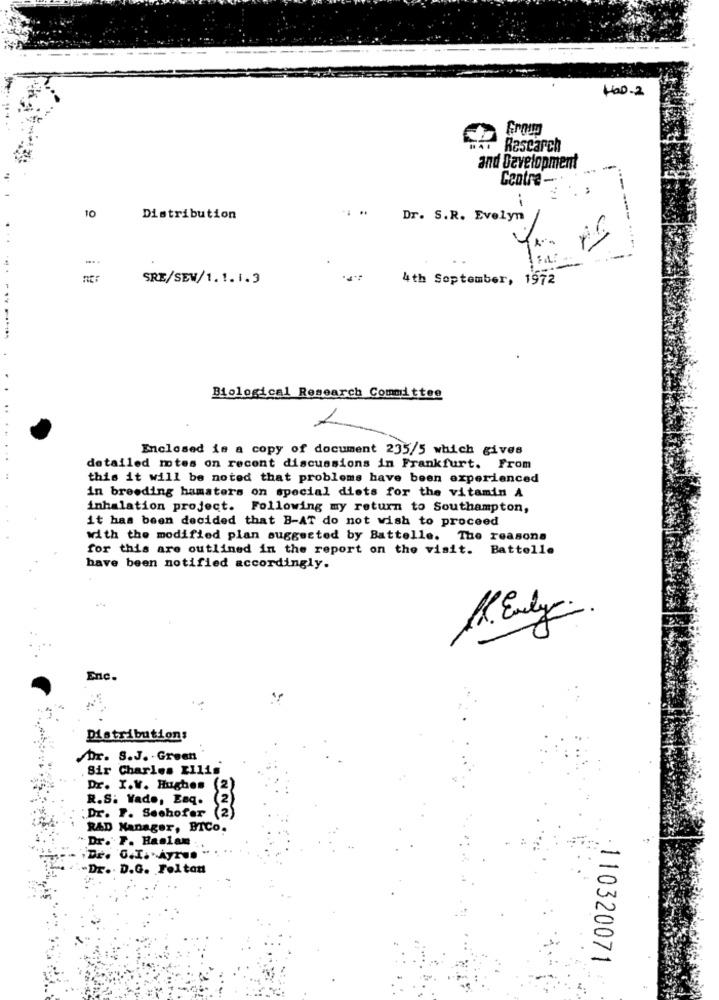
HOD.2
4. Research
and Development
Centre -
-
..
10
Distribution
Dr. S.R. Evelyn
SRE/SEW/1.1.1.3
4th September, 1972
Biological Research Committee
-
Enclosed is a copy of document 235/5 which gives
detailed mtes on recent discussions in Frankfurt. From
this it will be noted that problems have been experienced
in breeding hamsters on special diets for the vitamin A
inhalation project. Following my return to Southampton,
it has been decided that B-AT do not wish to proceed
with the modified plan suggested by Battelle. The reasons
for this are outlined in the report on the visit.
Battelle
have been notified accordingly.
Enc.
Distributions
br. S.J. - Green
Sir Charles XIlis
Dr. I.V. Hughes (2)
R.S. Vado, Esq.
2
:Dr. F. Seehofer (2)
RAD Manager, BICo.
" Dr. F. Haslam
.Dr. O.I. Ayr ..
-Dr. D.G. Felton
110320071